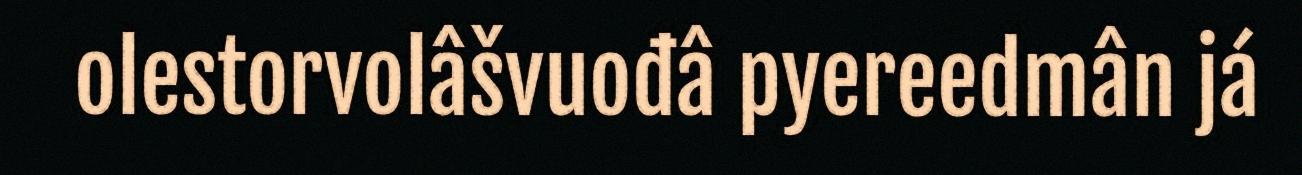
olestorvolâšvuođâ pyereedmân já